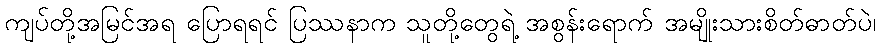
ကျပ်တို့အမြင်အရ ပြောရရင် ပြဿနာက သူတို့တွေရဲ့ အစွန်းရောက် အမျိုးသားစိတ်ဓာတ်ပဲ၊